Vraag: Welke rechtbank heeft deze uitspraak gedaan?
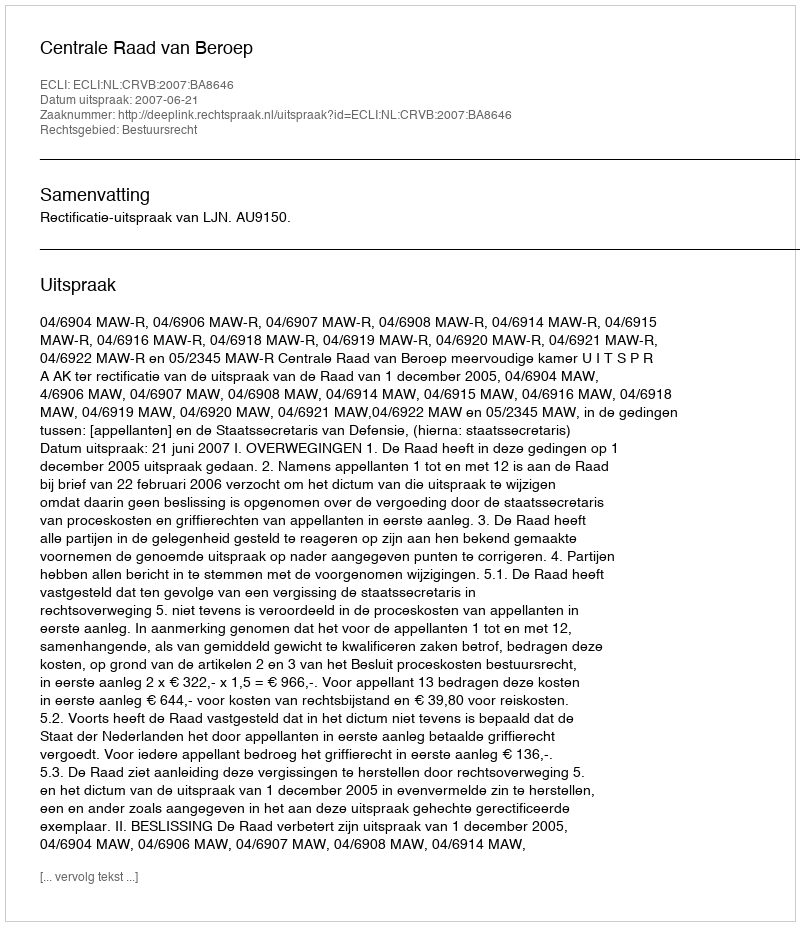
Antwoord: Centrale Raad van Beroep